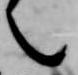
言